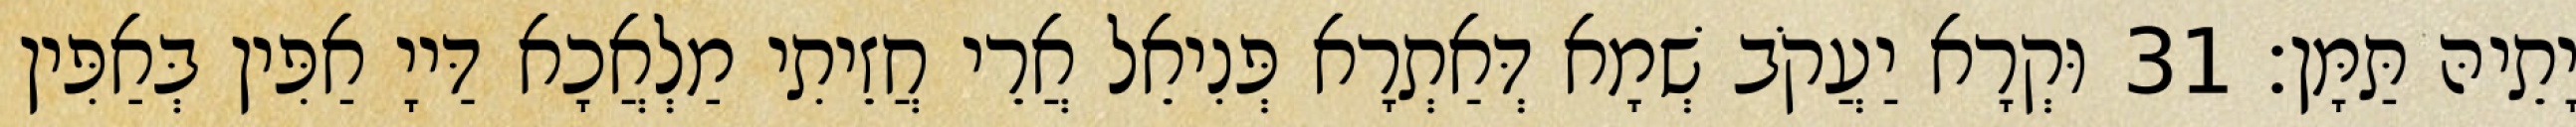
יָתֵיהּ תַּמָּן׃ 31 וּקְרָא יַעֲקֹב שְׁמָא דְּאַתְרָא פְּנִיאֵל אֲרֵי חֲזֵיתִי מַלְאֲכָא דַּייָ אַפִּין בְּאַפִּין